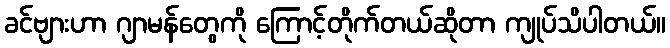
ခင်ဗျားဟာ ဂျာမန်တွေကို ကြောင့်တိုက်တယ်ဆိုတာ ကျုပ်သိပါတယ်။